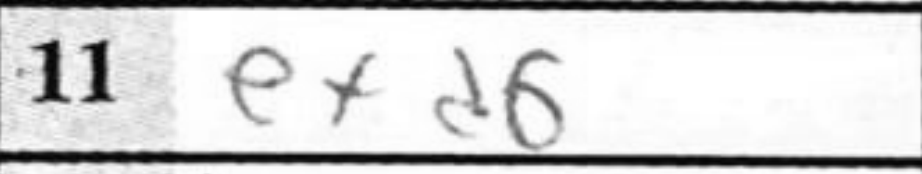
Transcription: exd6